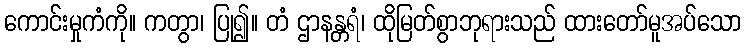
ကောင်းမှုကံကို။ ကတွာ၊ ပြု၍။ တံ ဌာနန္တရံ၊ ထိုမြတ်စွာဘုရားသည် ထားတော်မူအပ်သော